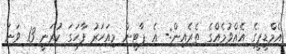
އެމްޑީޕީގެ އެއްވުމެއްގެ ތެރެއިން:- އެ ޕާޓީން މިއަހަރު ފާހަގަ ކުރަނީ 13 ވަނަ